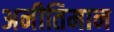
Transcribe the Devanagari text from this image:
अनीतिमान